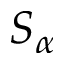
S _ { \alpha }